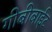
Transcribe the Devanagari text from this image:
गीबीबाईट